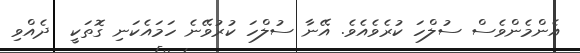
އެންމެންވެސް ސުލްހަ ކުރެވެއެވެ. އޭނާ ސުލްހަ ކުރުވޭނެ ހަމައެކަނި ގޮތަކީ  ދެއްވި